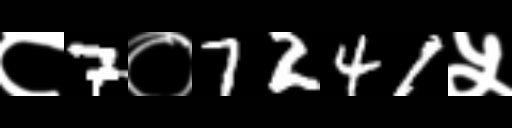
Text: ८7०7241५